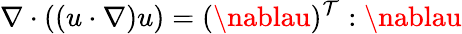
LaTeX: \nabla\cdot((u\cdot\nabla)u)=(\nablau)^{\mathcal{T}}:\nablau